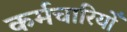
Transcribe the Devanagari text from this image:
कर्मचारियोँ